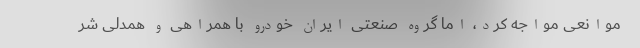
موانعی مواجه کرد، اما گروه صنعتی ایران خودرو با همراهی و همدلی شر